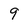
Character: 9